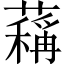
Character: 䕝